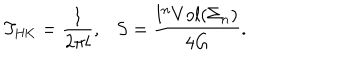
T _ { \mathrm { H K } } = \frac { 1 } { 2 \pi l } , \ \ \ S = \frac { l ^ { n } V o l ( \Sigma _ { n } ) } { 4 G } .